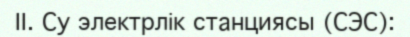
II. Су электрлік станциясы (СЭС):